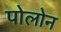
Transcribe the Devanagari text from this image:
पोलोन